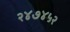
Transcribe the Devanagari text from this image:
२४७४५२